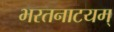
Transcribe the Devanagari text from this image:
भरतनाटयम्